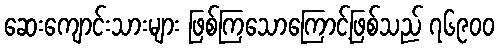
ဆေးကျောင်းသားများ ဖြစ်ကြသောကြောင့်ဖြစ်သည် ၇၆၉၀၀